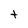
Character: t